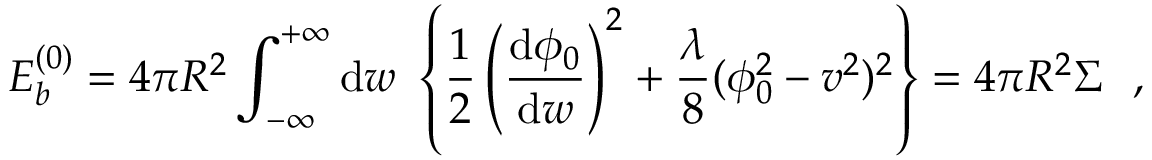
E _ { b } ^ { ( 0 ) } = 4 \pi R ^ { 2 } \int _ { - \infty } ^ { + \infty } \mathrm { d } w ~ \left\{ \frac { 1 } { 2 } \left( \frac { \mathrm { d } \phi _ { 0 } } { \mathrm { d } w } \right) ^ { 2 } + \frac { \lambda } { 8 } ( \phi _ { 0 } ^ { 2 } - v ^ { 2 } ) ^ { 2 } \right\} = 4 \pi R ^ { 2 } \Sigma ~ ~ ,